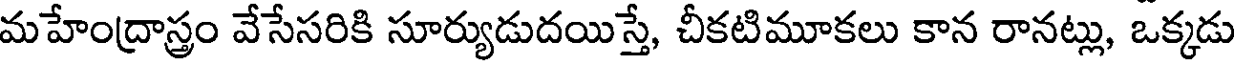
మహేంద్రాస్త్రం వేసేసరికి సూర్యుడుదయిస్తే, చీకటిమూకలు కాన రానట్లు, ఒక్కడు